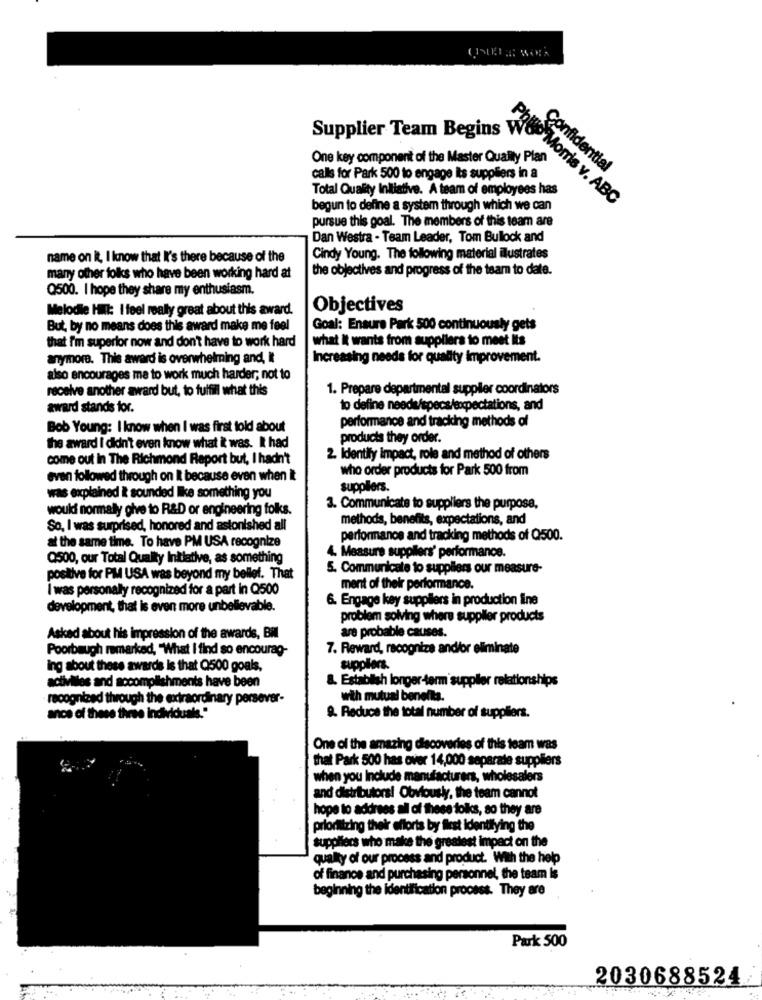
Supplier Team Begins
One key component of the Master Qually Plan
Confidential
calls for Park 500 to engage its suppliers in a
Total Quality Initiative. A team of employees has
Philip Morris v. ABC
begun to define a system through which we can
pursue this goal. The members of this team are
Dan Westra - Team Leader, Tom Bullock and
name on it, I know that I's there because of the
Cindy Young. The following material ilustrates
the objectives and progress of the team to date.
many other folks who have been working hard at
Q500. I hope they share my enthusiasm.
Melodie HII: I feel really great about this award.
Objectives
But, by no means does this award make me feel
Goal: Ensure Park 500 continuously gets
that I'm superior now and don't have to work hard
what it wants from suppliers to meet Its
anymore. This award is overwhelming and, It
Increasing needs for quality improvement.
also encourages me to work much harder; not to
receive another award but, to fulfill what this
1. Prepare departmental supplier coordinators
award stands for.
to define needs/specs/expectations, and
performance and tracking methods of
Bob Young: I know when I was first told about
products they order.
the award I didn't even know what it was. It had
come out in The Richmond Report but, I hadn't
2. Identify impact, role and method of others
who order products for Park 500 from
even followed through on It because even when It
suppliers.
was explained & sounded like something you
would normally give to R&D or engineering folks.
3. Communicate to suppliers the purpose,
methods, benefits, expectations, and
So, I was surprised, honored and astonished all
performance and tracking methods of Q500.
at the same time. To have PM USA recognize
Q500, our Total Quality Initiative, as something
4. Measure suppliers' performance.
5. Communicate to suppliers our measure-
positive for PM USA was beyond my bellel. That
I was personally recognized for a part in Q500
ment of their performance.
6. Engage key suppliers in production line
development, that is even more unbelievable.
problem solving where supplier products
are probable causes.
Asked about his impression of the awards, BM
Poorbaugh remarked, "What I find so encourag-
7. Reward, recognize and/or eliminate
ing about these awards is that Q500 goals.
suppliers.
activiles and accomplishments have been
L. Establish longer-term supplier relationships
recognized through the extraordinary persever-
with mutual benefita.
ance of these three individuale."
9. Reduce the total number of suppliers.
One of the amazing discoveries of this team was
that Park 500 has over 14,000 separade suppliers
when you Include manufacturers, wholesalers
and distributors! Obviously, the team cannot
hope to address all of these folks, so they are
prioritizing their efforts by first identifying the
suppliers who make the greatest impact on the
quality of our process and product. With the help
of finance and purchasing personnel, the team is
beginning the identification process. They are
Park 500
2030688524